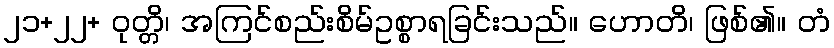
၂၁+၂၂+ ဝုတ္တိ၊ အကြင်စည်းစိမ်ဥစ္စာရခြင်းသည်။ ဟောတိ၊ ဖြစ်၏။ တံ